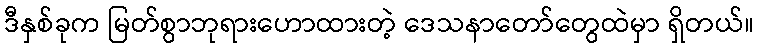
ဒီနှစ်ခုက မြတ်စွာဘုရားဟောထားတဲ့ ဒေသနာတော်တွေထဲမှာ ရှိတယ်။